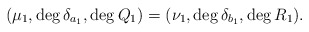
\begin{align*}(\mu_1, \deg \delta_{a_1}, \deg Q_1)=(\nu_1, \deg \delta_{b_1}, \deg R_1).\end{align*}